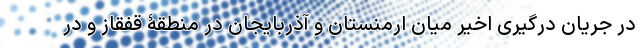
در جریان درگیری اخیر میان ارمنستان و آذربایجان در منطقۀ قفقاز و در